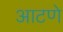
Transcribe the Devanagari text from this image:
आटणे